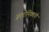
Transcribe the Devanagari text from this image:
जएरोनियमची